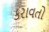
કરાવતો